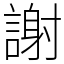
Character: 謝